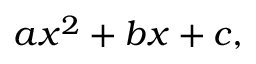
a x ^ { 2 } + b x + c ,